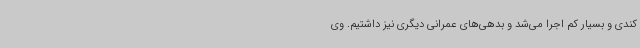
کندی و بسیار کم اجرا می‌شد و بدهی‌های عمرانی دیگری نیز داشتیم. وی